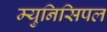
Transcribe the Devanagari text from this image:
म्‍युनिसिपल